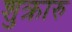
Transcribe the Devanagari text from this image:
शुक्रारु